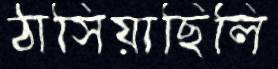
ঠাসিয়াছিলি